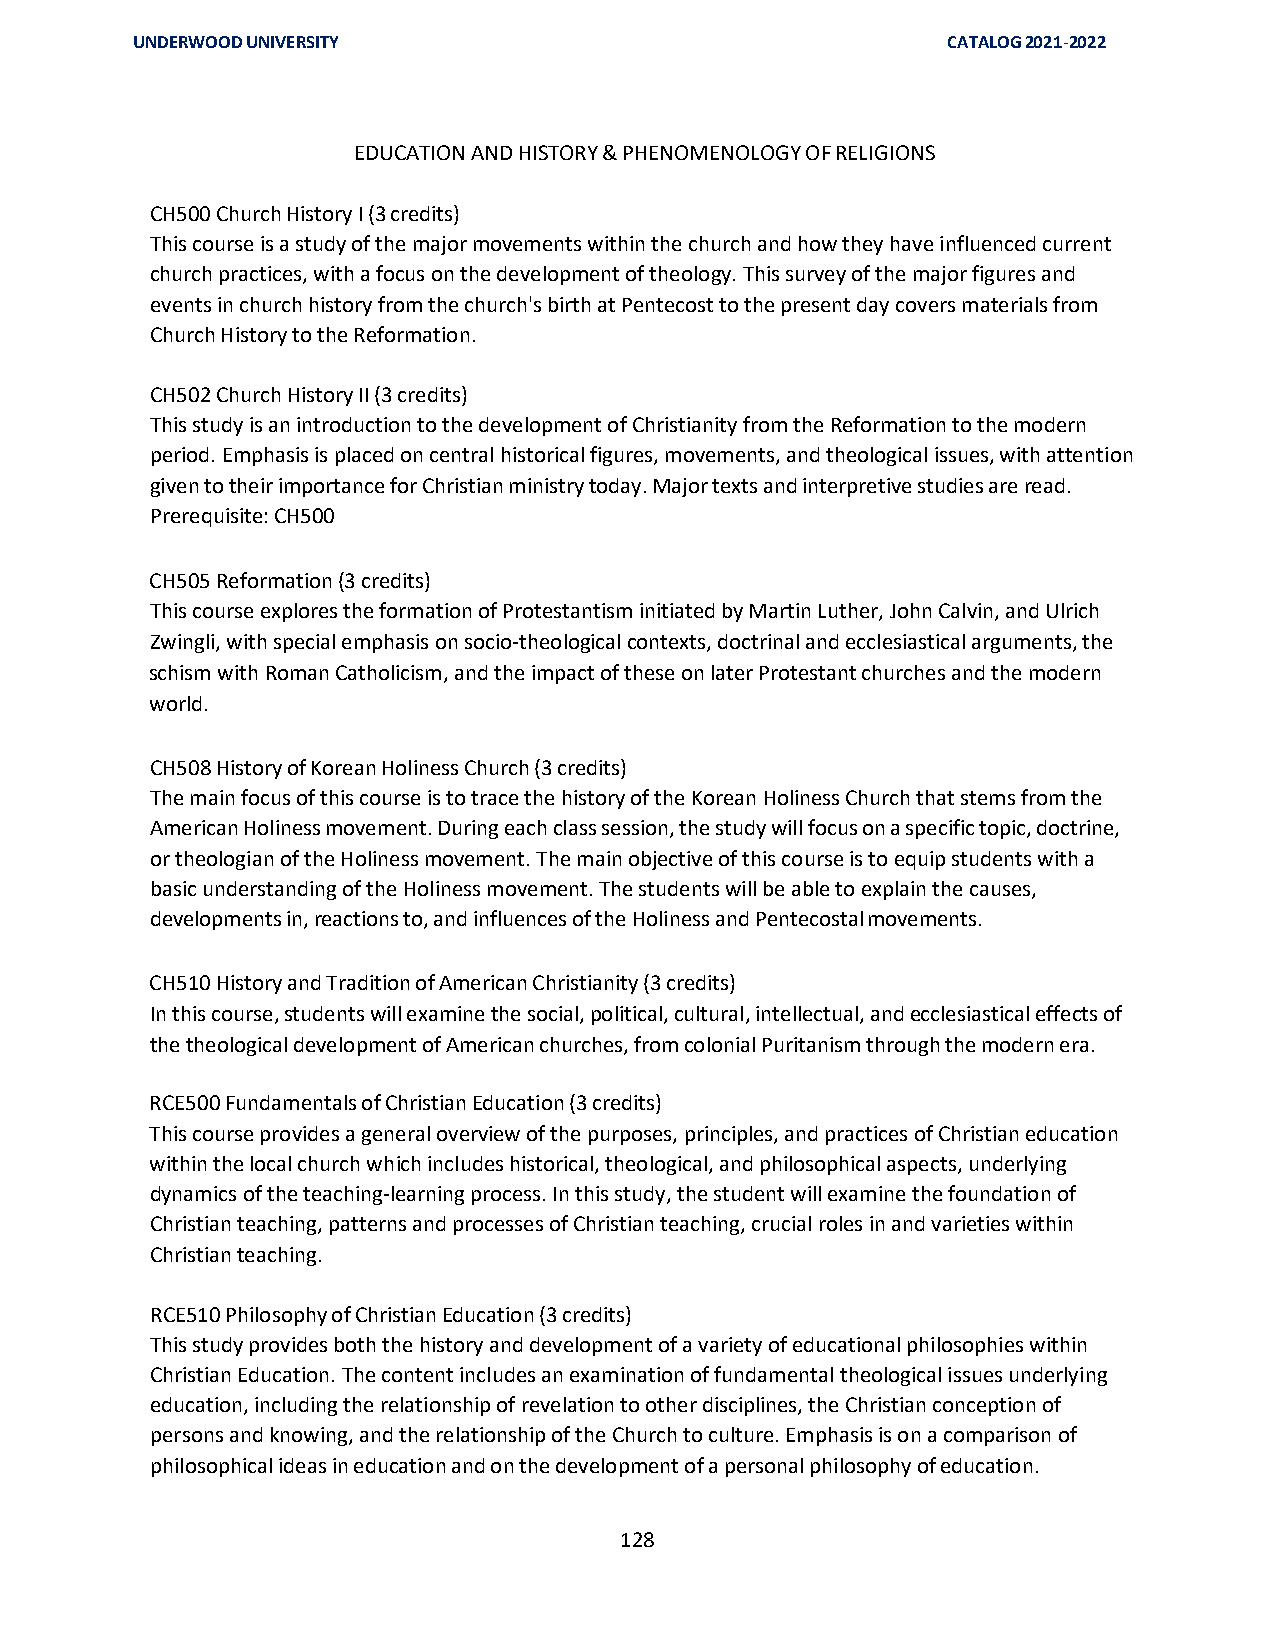
UNDERWOOD UNIVERSITY                                  CATALOG 2021-2022
 EDUCATION AND HISTORY & PHENOMENOLOGY OF RELIGIONS
 CH500 Church History I (3 credits)
 This course is a study of the major movements within the church and how they have influenced current
 church practices, with a focus on the development of theology. This survey of the major figures and
 events in church history from the church's birth at Pentecost to the present day covers materials from
 Church History to the Reformation.
 CH502 Church History II (3 credits)
 This study is an introduction to the development of Christianity from the Reformation to the modern
 period. Emphasis is placed on central historical figures, movements, and theological issues, with attention
 given to their importance for Christian ministry today. Major texts and interpretive studies are read.
 Prerequisite: CH500
 CH505 Reformation (3 credits)
 This course explores the formation of Protestantism initiated by Martin Luther, John Calvin, and Ulrich
 Zwingli, with special emphasis on socio-theological contexts, doctrinal and ecclesiastical arguments, the
 schism with Roman Catholicism, and the impact of these on later Protestant churches and the modern
 world.
 CH508 History of Korean Holiness Church (3 credits)
 The main focus of this course is to trace the history of the Korean Holiness Church that stems from the
 American Holiness movement. During each class session, the study will focus on a specific topic, doctrine,
 or theologian of the Holiness movement. The main objective of this course is to equip students with a
 basic understanding of the Holiness movement. The students will be able to explain the causes,
 developments in, reactions to, and influences of the Holiness and Pentecostal movements.
 CH510 History and Tradition of American Christianity (3 credits)
 In this course, students will examine the social, political, cultural, intellectual, and ecclesiastical effects of
 the theological development of American churches, from colonial Puritanism through the modern era.
 RCE500 Fundamentals of Christian Education (3 credits)
 This course provides a general overview of the purposes, principles, and practices of Christian education
 within the local church which includes historical, theological, and philosophical aspects, underlying
 dynamics of the teaching-learning process. In this study, the student will examine the foundation of
 Christian teaching, patterns and processes of Christian teaching, crucial roles in and varieties within
 Christian teaching.
 RCE510 Philosophy of Christian Education (3 credits)
 This study provides both the history and development of a variety of educational philosophies within
 Christian Education. The content includes an examination of fundamental theological issues underlying
 education, including the relationship of revelation to other disciplines, the Christian conception of
 persons and knowing, and the relationship of the Church to culture. Emphasis is on a comparison of
 philosophical ideas in education and on the development of a personal philosophy of education.
 128